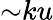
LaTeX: {\sim}ku